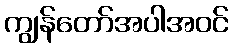
ကျွန်တော်အပါအဝင်